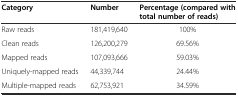
<table><thead><tr><td><b>Category</b></td><td><b>Number</b></td><td><b>Percentage (compared with total number of reads)</b></td></tr></thead><tbody><tr><td>Raw reads</td><td>181,419,640</td><td>100%</td></tr><tr><td>Clean reads</td><td>126,200,279</td><td>69.56%</td></tr><tr><td>Mapped reads</td><td>107,093,666</td><td>59.03%</td></tr><tr><td>Uniquely-mapped reads</td><td>44,339,744</td><td>24.44%</td></tr><tr><td>Multiple-mapped reads</td><td>62,753,921</td><td>34.59%</td></tr></tbody></table>